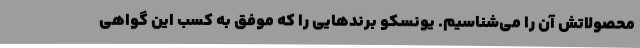
محصولاتش آن را می‌شناسیم. یونسکو برندهایی را که موفق به کسب این گواهی